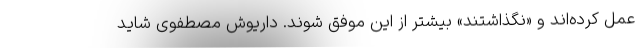
عمل کرده‌اند و «نگذاشتند» بیشتر از این موفق شوند. داریوش مصطفوی شاید